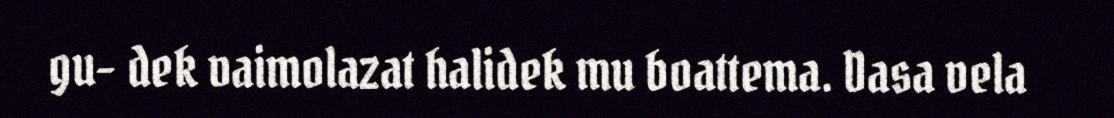
gu- dek vaimolazat halidek mu boattema. Dasa vela